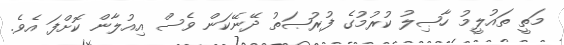
މަތީ ތައުލީމު ހާޞިލު ކުރުމުގެ ފުރުޞަތު ދޭނޭކަން ވެސް އިއުލާން ކޮށްފަ އެވެ.